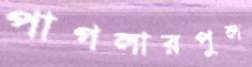
পাগলারপুল